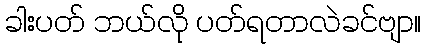
ခါးပတ် ဘယ်လို ပတ်ရတာလဲခင်ဗျာ။